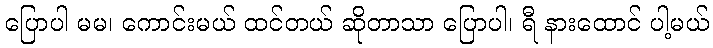
ပြောပါ မမ၊ ကောင်းမယ် ထင်တယ် ဆိုတာသာ ပြောပါ၊ ရီ နားထောင် ပါ့မယ်